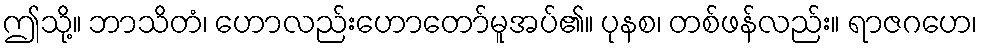
ဤသို့။ ဘာသိတံ၊ ဟောလည်းဟောတော်မူအပ်၏။ ပုနစ၊ တစ်ဖန်လည်း။ ရာဇဂဟေ၊